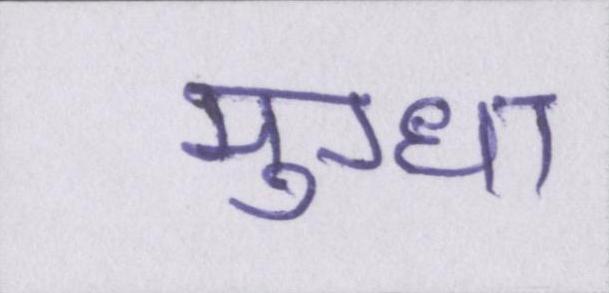
मुग्धा